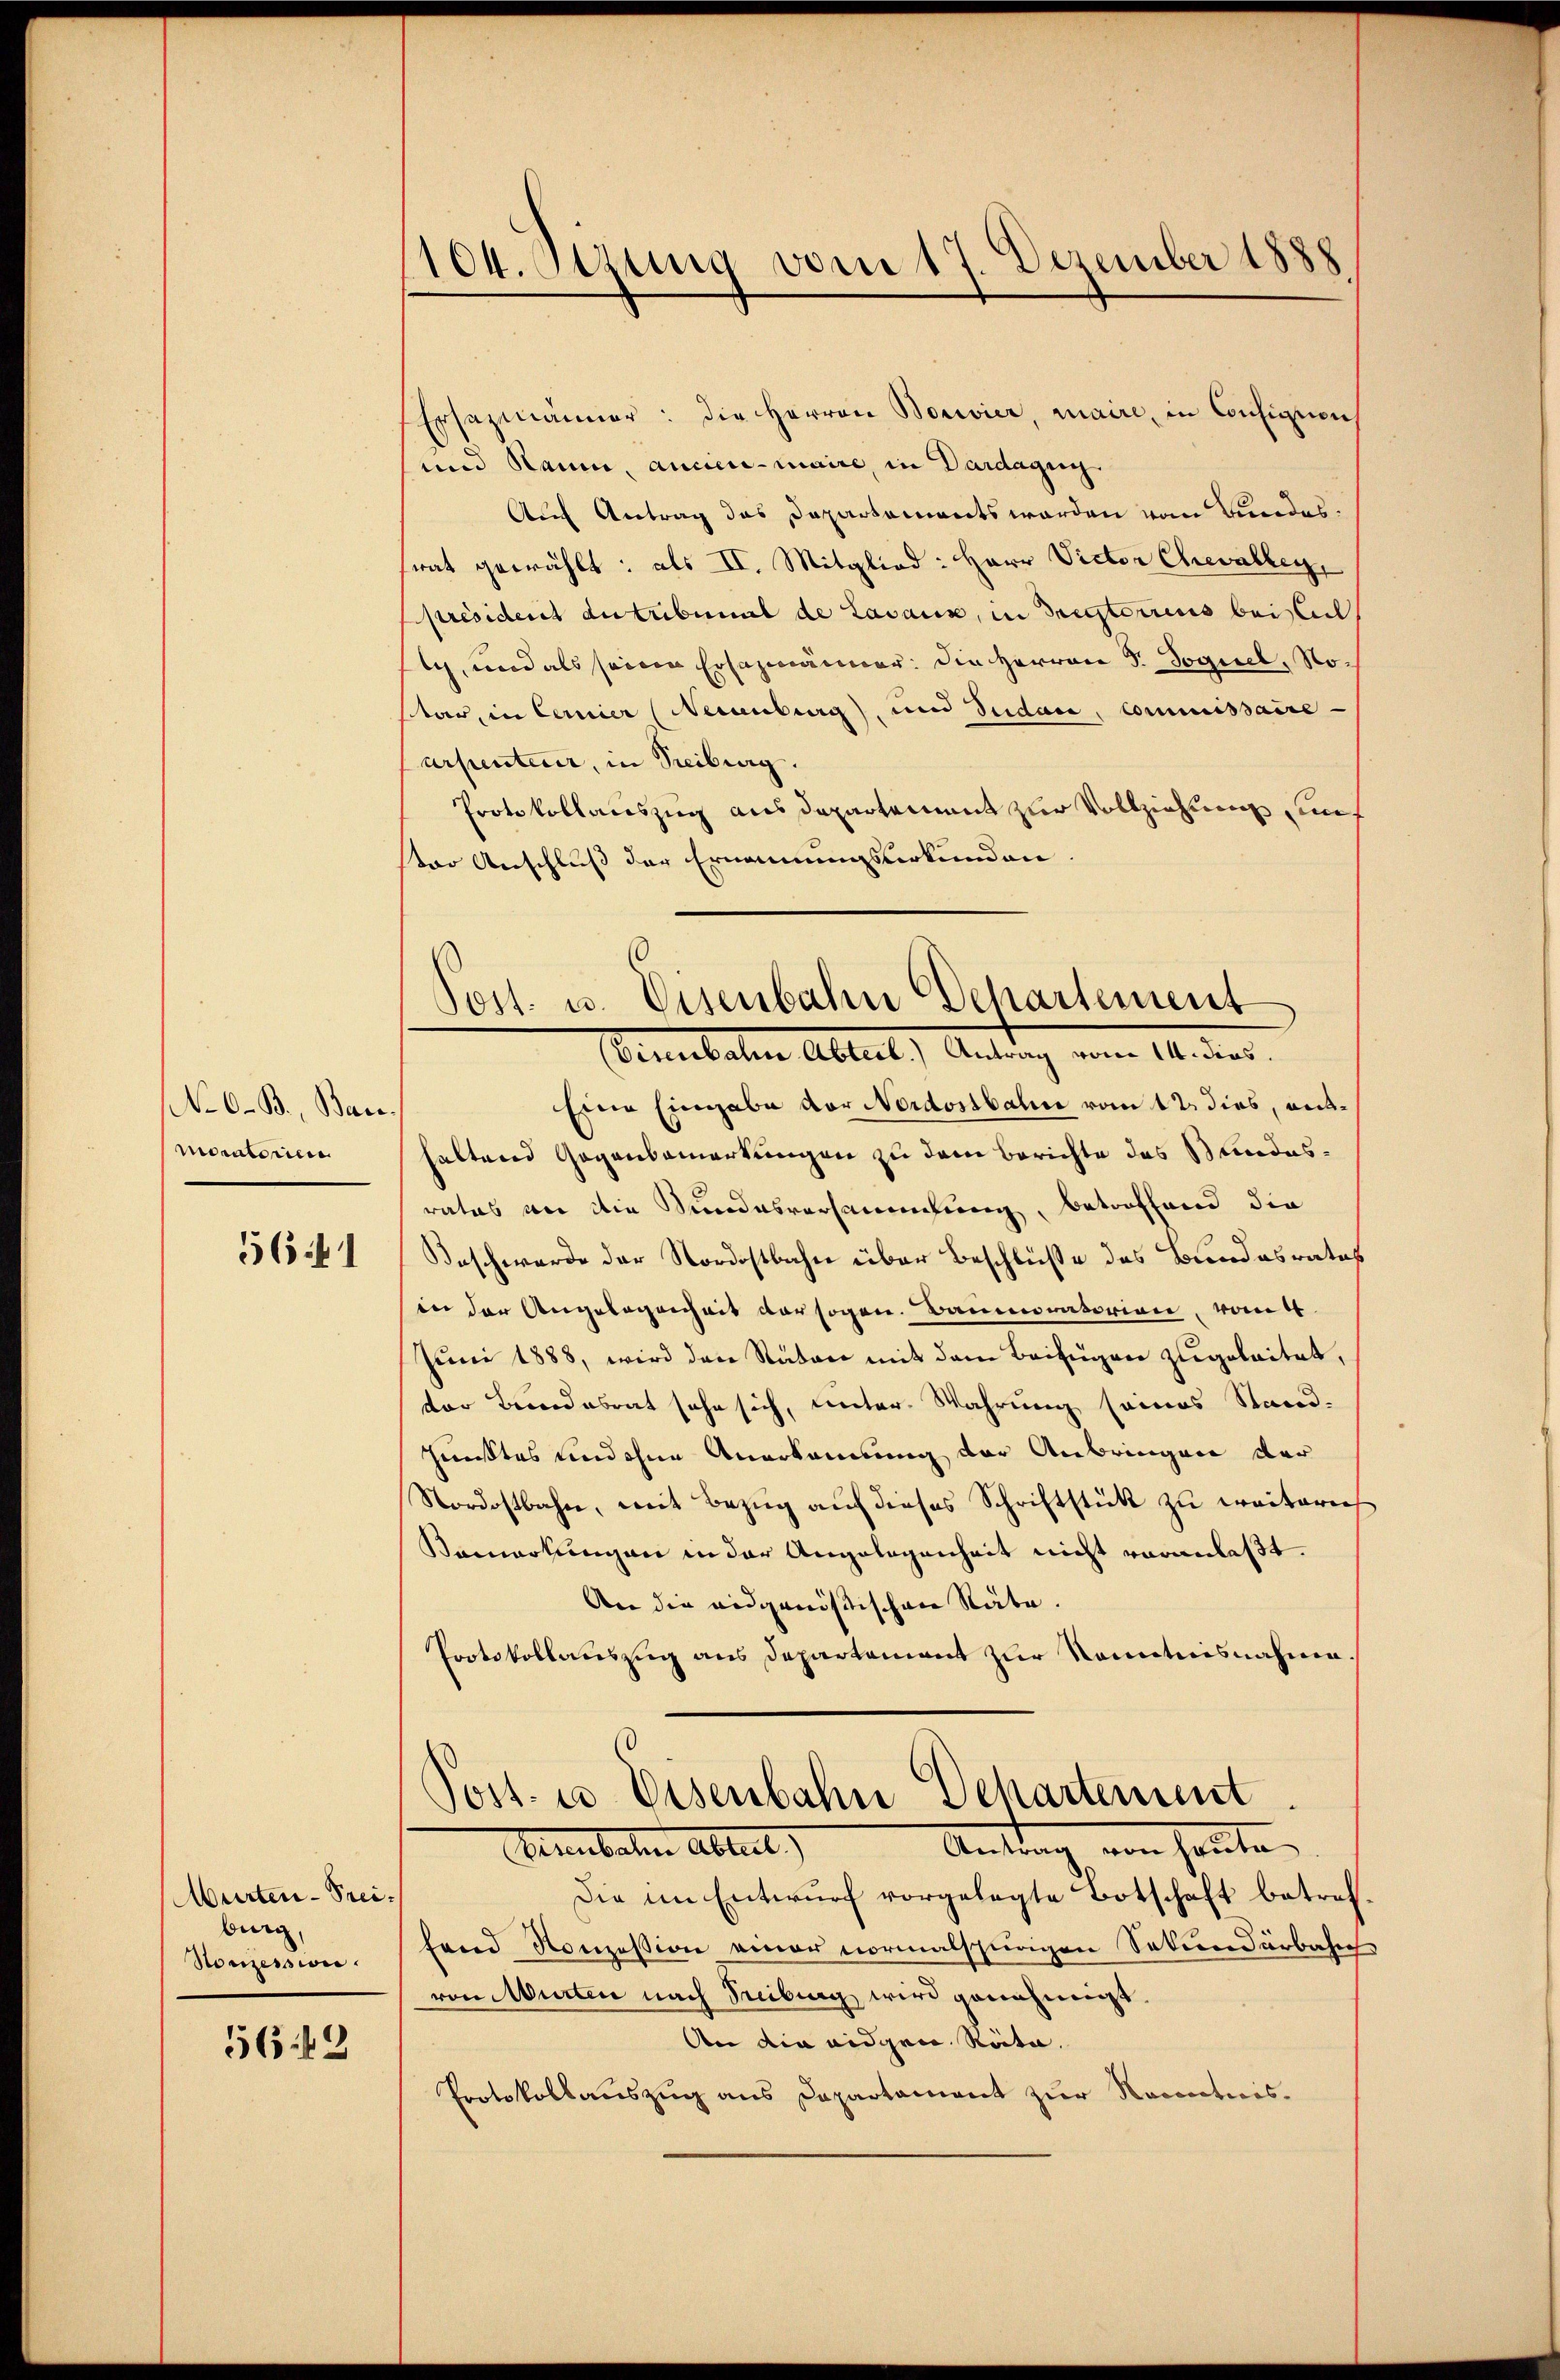
NNo. 6. B., Bar
moratorien
5641

Murten-Freiburg,
Honzession.

56:49

1104. Stung vom 17. Dezember 1888

Post. u. Eisenbahn Departement
(Eisenbahne Abteil.) Antrag vom 14. dies

Ersezmänner: die Herren Borvier, maire, in Consignen,
und Raum, anciermaire, in Dardagun
Auf Antrag das Departements worden vom Bundessrat gewählt: als II. Mitglied: Herr Victor Chevalley,
président du tribunal de Lavaux, in Treteriens beisteil
c, und als seinen Ersazmänner. Die Herren S. Sogiel, Nostar, in Cernier (Neuenburg), und Seidace, Commissaire
arpenteur, in Treiburg.
Protokollauszug aus Departement zur Vollziehung, auf
ster Anschluß der Ernennungsurkunden.
Eine Eingabe der Nordostbahn vom 12 dies, enthaltend Gegenbemerkungen zu dem Berichte das Bundesratus an die Kundesversammlung, betroffend die
Beschwerde der Nordostbahn über Beschluße des Bundesrates
in der Angelegenheit der sogen. Baumonatorien, von 4
Juni 1888, wird den Räten mit dem Beifügen zugeleitet,
ter Bundesrat sehe sich, unter Wahrung seines Stand-
sunstes und ohne Anerkennung der Anbringen der
Nordostbahn, mit Bezŭg aŭf dieses Schriftstück zu weiterie
Bemarkungen in der Angelegenheit nicht veranlaßt.
An die eidgenössischen Räte.
Protokollauszug aus Departement zur Kenntnisnahme
Post- u. Eisenbahn Dehartement
Dernbaten Abteil
Antrag, von sonnte.
Die im Entwurf vorgelegte Botschaft betref
land Konzession einer normalspurigen Sekundärbahn
von Murten nach Treibung wird genehmigt
An die eidgeie Reita.
Protokollauszug aus Departament zur Norectirs¬